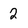
Character: 2